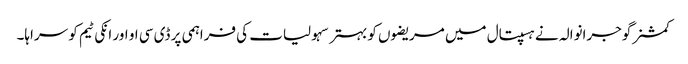
کمشنر گوجرانوالہ نے ہسپتال میں مریضوں کو بہتر سہولیات کی فراہمی پر ڈی سی او اور انکی ٹیم کو سراہا۔